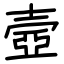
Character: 壼